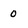
Character: 0